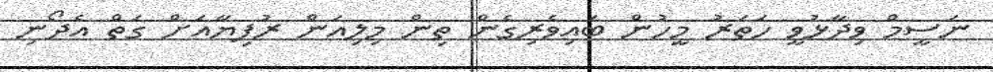
ނަސީމް ވިދާޅުވީ ހަތަރު މީހުން ބައިވެރިގެން ތިން މިލިއަން ރުފިޔާއަށް ގަތް އެދޯނި